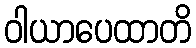
ဝါယာပေထာတိ